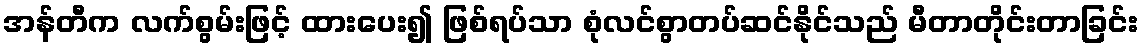
အန်တီက လက်စွမ်းဖြင့် ထားပေး၍ ဖြစ်ရပ်သာ စုံလင်စွာတပ်ဆင်နိုင်သည် မီတာတိုင်းတာခြင်း